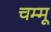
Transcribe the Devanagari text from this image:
चम्मू